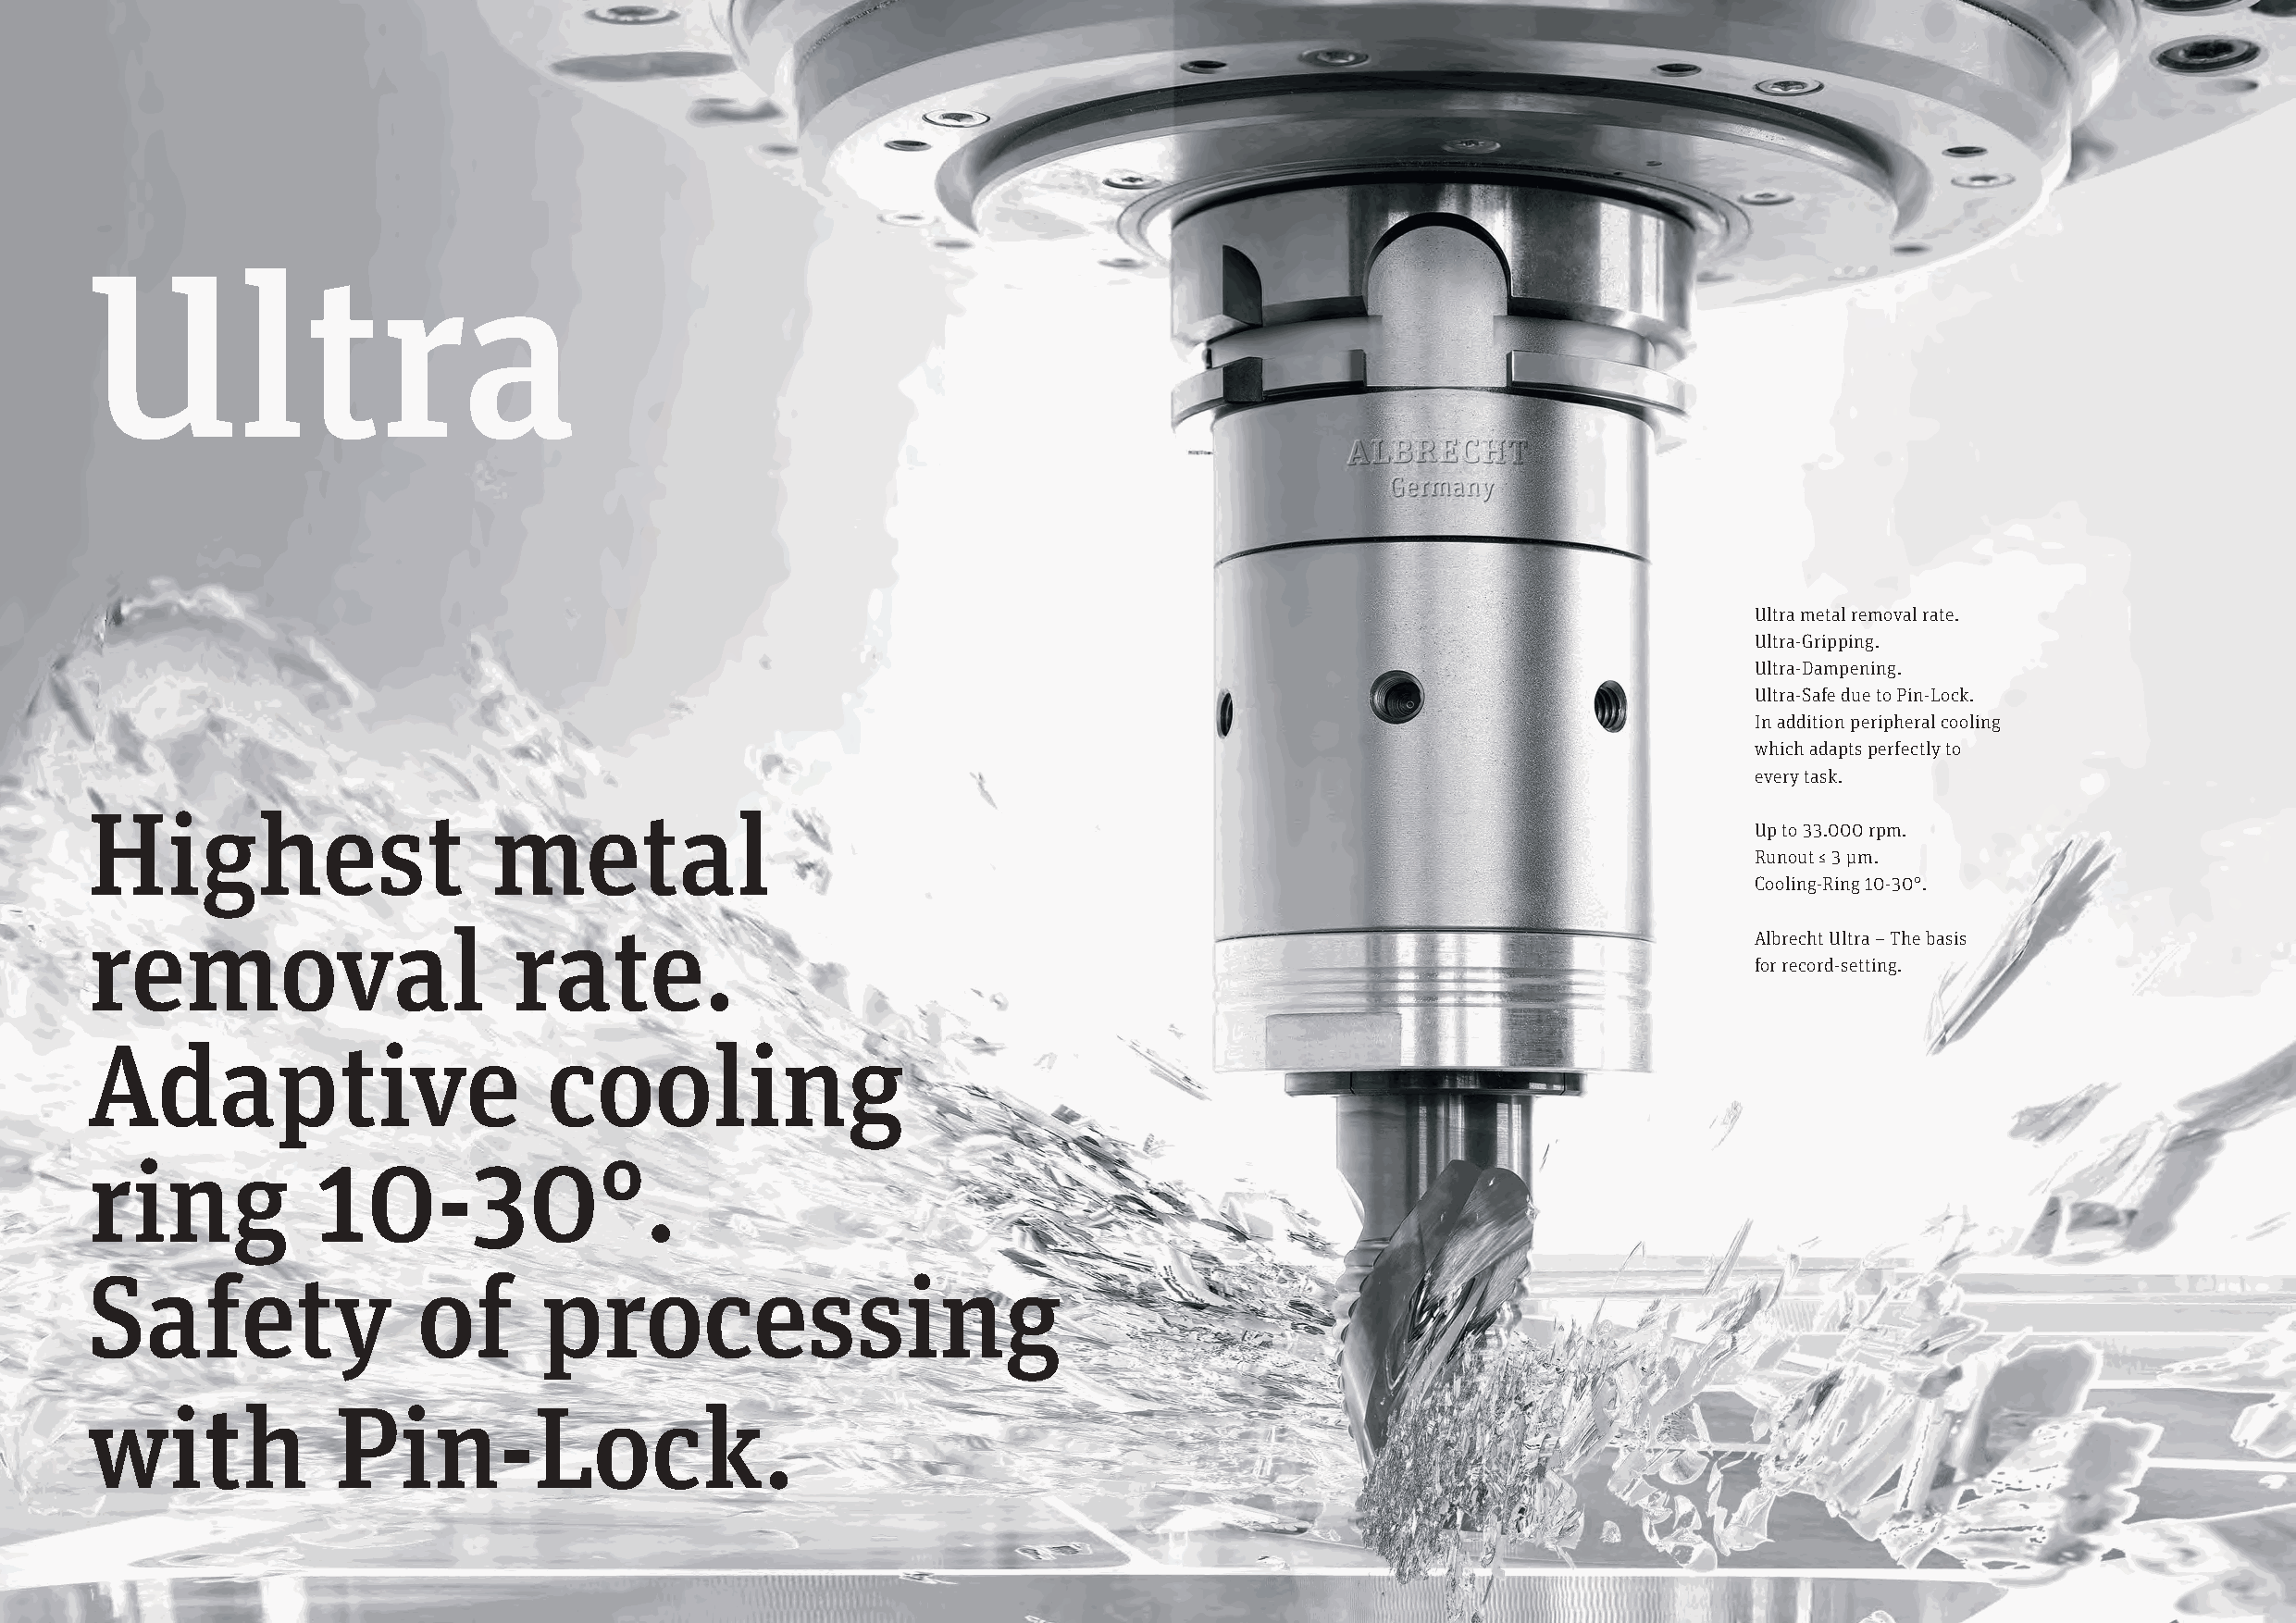
UUllttrraa
 Ultra metal removal rate.
 Ultra-Gripping.
 Ultra-Dampening.
 Ultra-Safe due to Pin-Lock.
 In addition peripheral cooling
 which adapts perfectly to
 every task.
 Highest                      metal
 Up to 33.000 rpm.
 Runout ≤ 3 μm.
 Cooling-Ring 10-30°.
 removal                        rate.                                                                                    Albrecht Ultra – The basis
 for record-setting.
 Adaptive                         cooling
 ring             10-30°.
 Safety                  of       processing
 with              Pin-Lock.
 46                                                                                                                                                   47